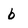
Character: b